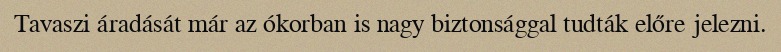
Tavaszi áradását már az ókorban is nagy biztonsággal tudták előre jelezni.